Rangoon Lunatic Asylum 1878-1892 - 1878-1892
Year: 1878
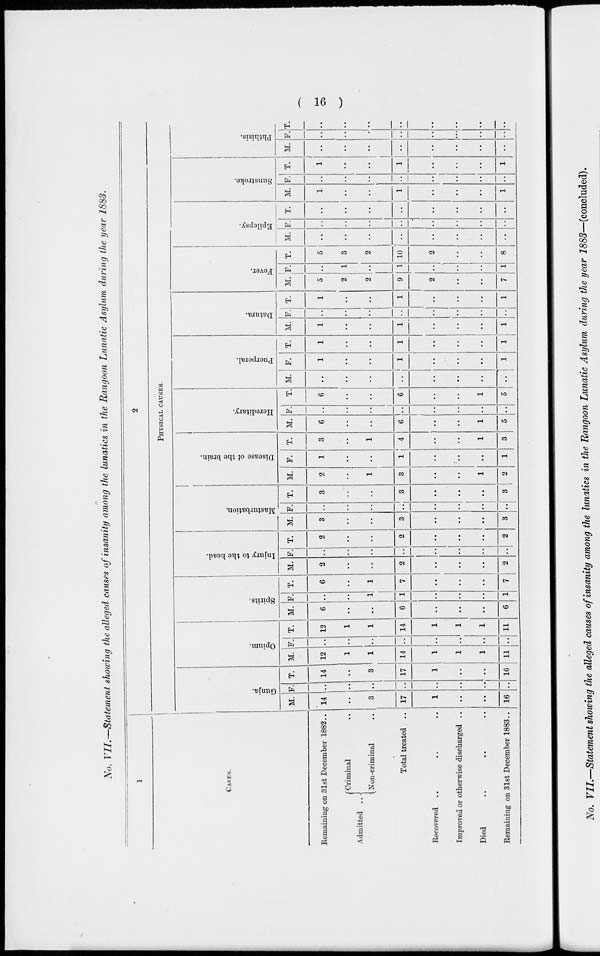
( 16 )
No. VII.—Statement showing the alleged causes of insanity among the lunatics in the Rangoon Lunatic Asylum during the year 1883.
1
CASES.
Remaining on 31st December 1882..
Admitted ..
Criminal ..
Non-criminal ..
Total treated ..
Recovered .. .. ..
Improved or otherwise discharged ..
Died .. .. ..
Remaining on 31st December 1883..
2
PHYSICAL CAUSES.
Gunja.
M.
14
..
3
17
1
..
..
16
F.
..
..
..
..
..
..
..
..
T.
14
..
3
17
1
..
..
16
Opium.
M.
12
1
1
14
1
1
1
11
F.
..
..
..
..
..
..
..
..
T.
12
1
1
14
1
1
1
11
Spirits.
M.
6
..
..
6
..
..
..
6
F.
..
..
1
1
..
..
..
1
T.
6
..
1
7
..
..
..
7
Injury to the head.
M.
2
..
..
2
..
..
..
2
F.
..
..
..
..
..
..
..
..
T.
2
..
..
2
..
..
..
2
Masturbation.
M.
3
..
..
3
..
..
..
3
F.
..
..
..
..
..
..
..
..
T.
3
..
..
3
..
..
..
3
Disease of the brain.
M.
2
..
1
3
..
..
1
2
F.
1
..
..
1
..
..
..
1
T.
3
..
1
4
..
..
1
3
Hereditary.
M.
6
..
..
6
..
..
1
5
F.
..
..
..
..
..
..
..
..
T.
6
..
..
6
..
..
1
5
Puerperal.
M.
..
..
..
..
..
..
..
..
F.
1
..
..
1
..
..
..
1
T.
1
..
..
1
..
..
..
1
Datura.
M.
1
..
..
1
..
..
..
1
F.
..
..
..
..
..
..
..
..
T.
1
..
..
1
..
..
..
1
Fever.
M.
5
2
2
9
2
..
..
7
F.
..
1
..
1
..
..
..
1
T.
5
3
2
10
2
..
..
8
Epilepsy.
M.
..
..
..
..
..
..
..
..
F.
..
..
..
..
..
..
..
..
T.
..
..
..
..
..
..
..
..
Sunstroke.
M.
1
..
..
1
..
..
..
1
F.
..
..
..
..
..
..
..
..
T.
1
..
..
1
..
..
..
1
Phthisis.
M.
..
..
..
..
..
..
..
..
F.
..
..
..
..
..
..
..
..
T.
..
..
..
..
..
..
..
..